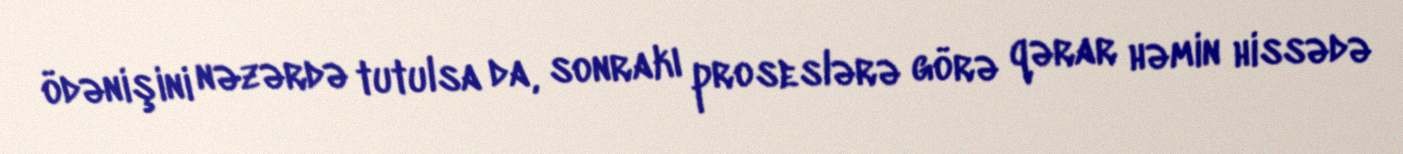
ödənişini nəzərdə tutulsa da, sonrakı proseslərə görə qərar həmin hissədə